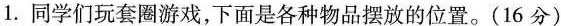
1.同学们玩套圈游戏，下面是各种物品摆放的位置。(16分)